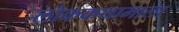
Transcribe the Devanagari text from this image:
लोककथामाला